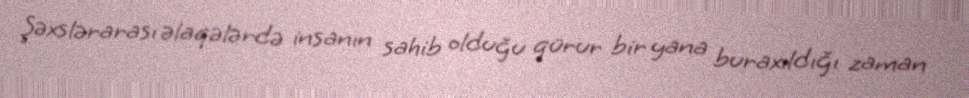
Şəxslərarası əlaqələrdə insanın sahib olduğu qürur bir yana buraxıldığı zaman